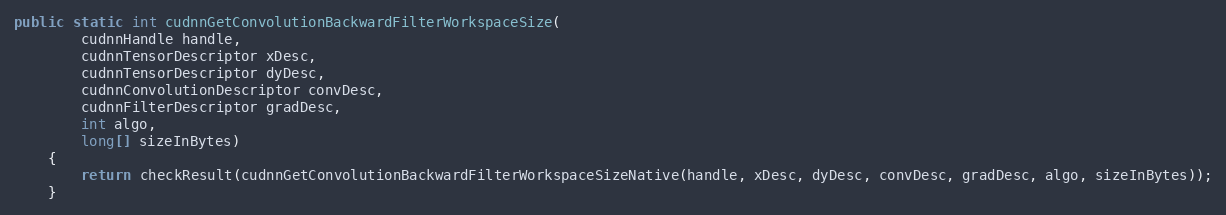
Language: Java
public static int cudnnGetConvolutionBackwardFilterWorkspaceSize(
        cudnnHandle handle,
        cudnnTensorDescriptor xDesc,
        cudnnTensorDescriptor dyDesc,
        cudnnConvolutionDescriptor convDesc,
        cudnnFilterDescriptor gradDesc,
        int algo,
        long[] sizeInBytes)
    {
        return checkResult(cudnnGetConvolutionBackwardFilterWorkspaceSizeNative(handle, xDesc, dyDesc, convDesc, gradDesc, algo, sizeInBytes));
    }